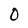
Character: O